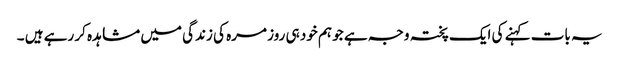
یہ بات کہنے کی ایک پختہ وجہ ہے جو ہم خود ہی روز مرہ کی زندگی میں مشاہدہ کر رہے ہیں ۔